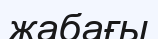
жабағы